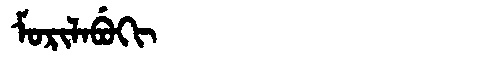
Manchu: ᠮᠣᡵᡳᠯᠠᠪᡠᡴᡳ
Romanization: MORILABUKI